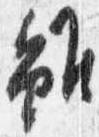
雖